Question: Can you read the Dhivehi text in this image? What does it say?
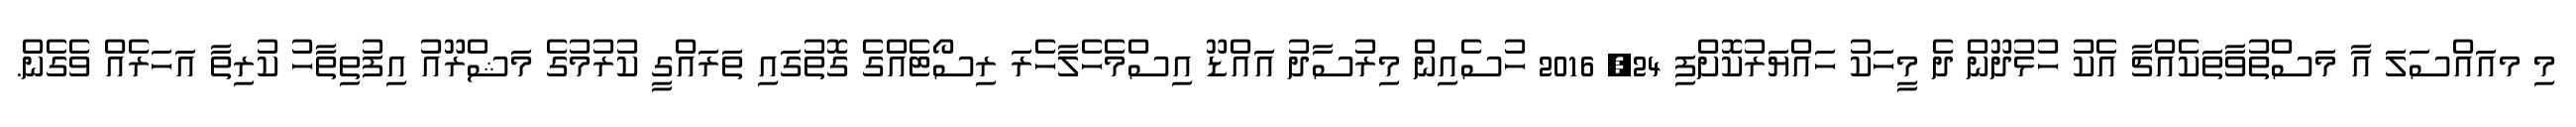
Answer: މި މއައްސަލަ އާ މަސްތުވާތަކެއްޗާ އެކު ހުޅުދޫން ދެ މީހަކު ހައްޔަރުކޮށްފި 24, 2016 ހުސެއިން މިރުސާދު އައްޑޫ އިސްމެހެލާހެރަ ރިސޯޓެއްގެ ގޮތުގައި ތަރައްގީ ކުރުމުގެ މަޝްރޫއު އިފުތިތާހު ކުރިތާ އަހަރެއް ވެގެން.